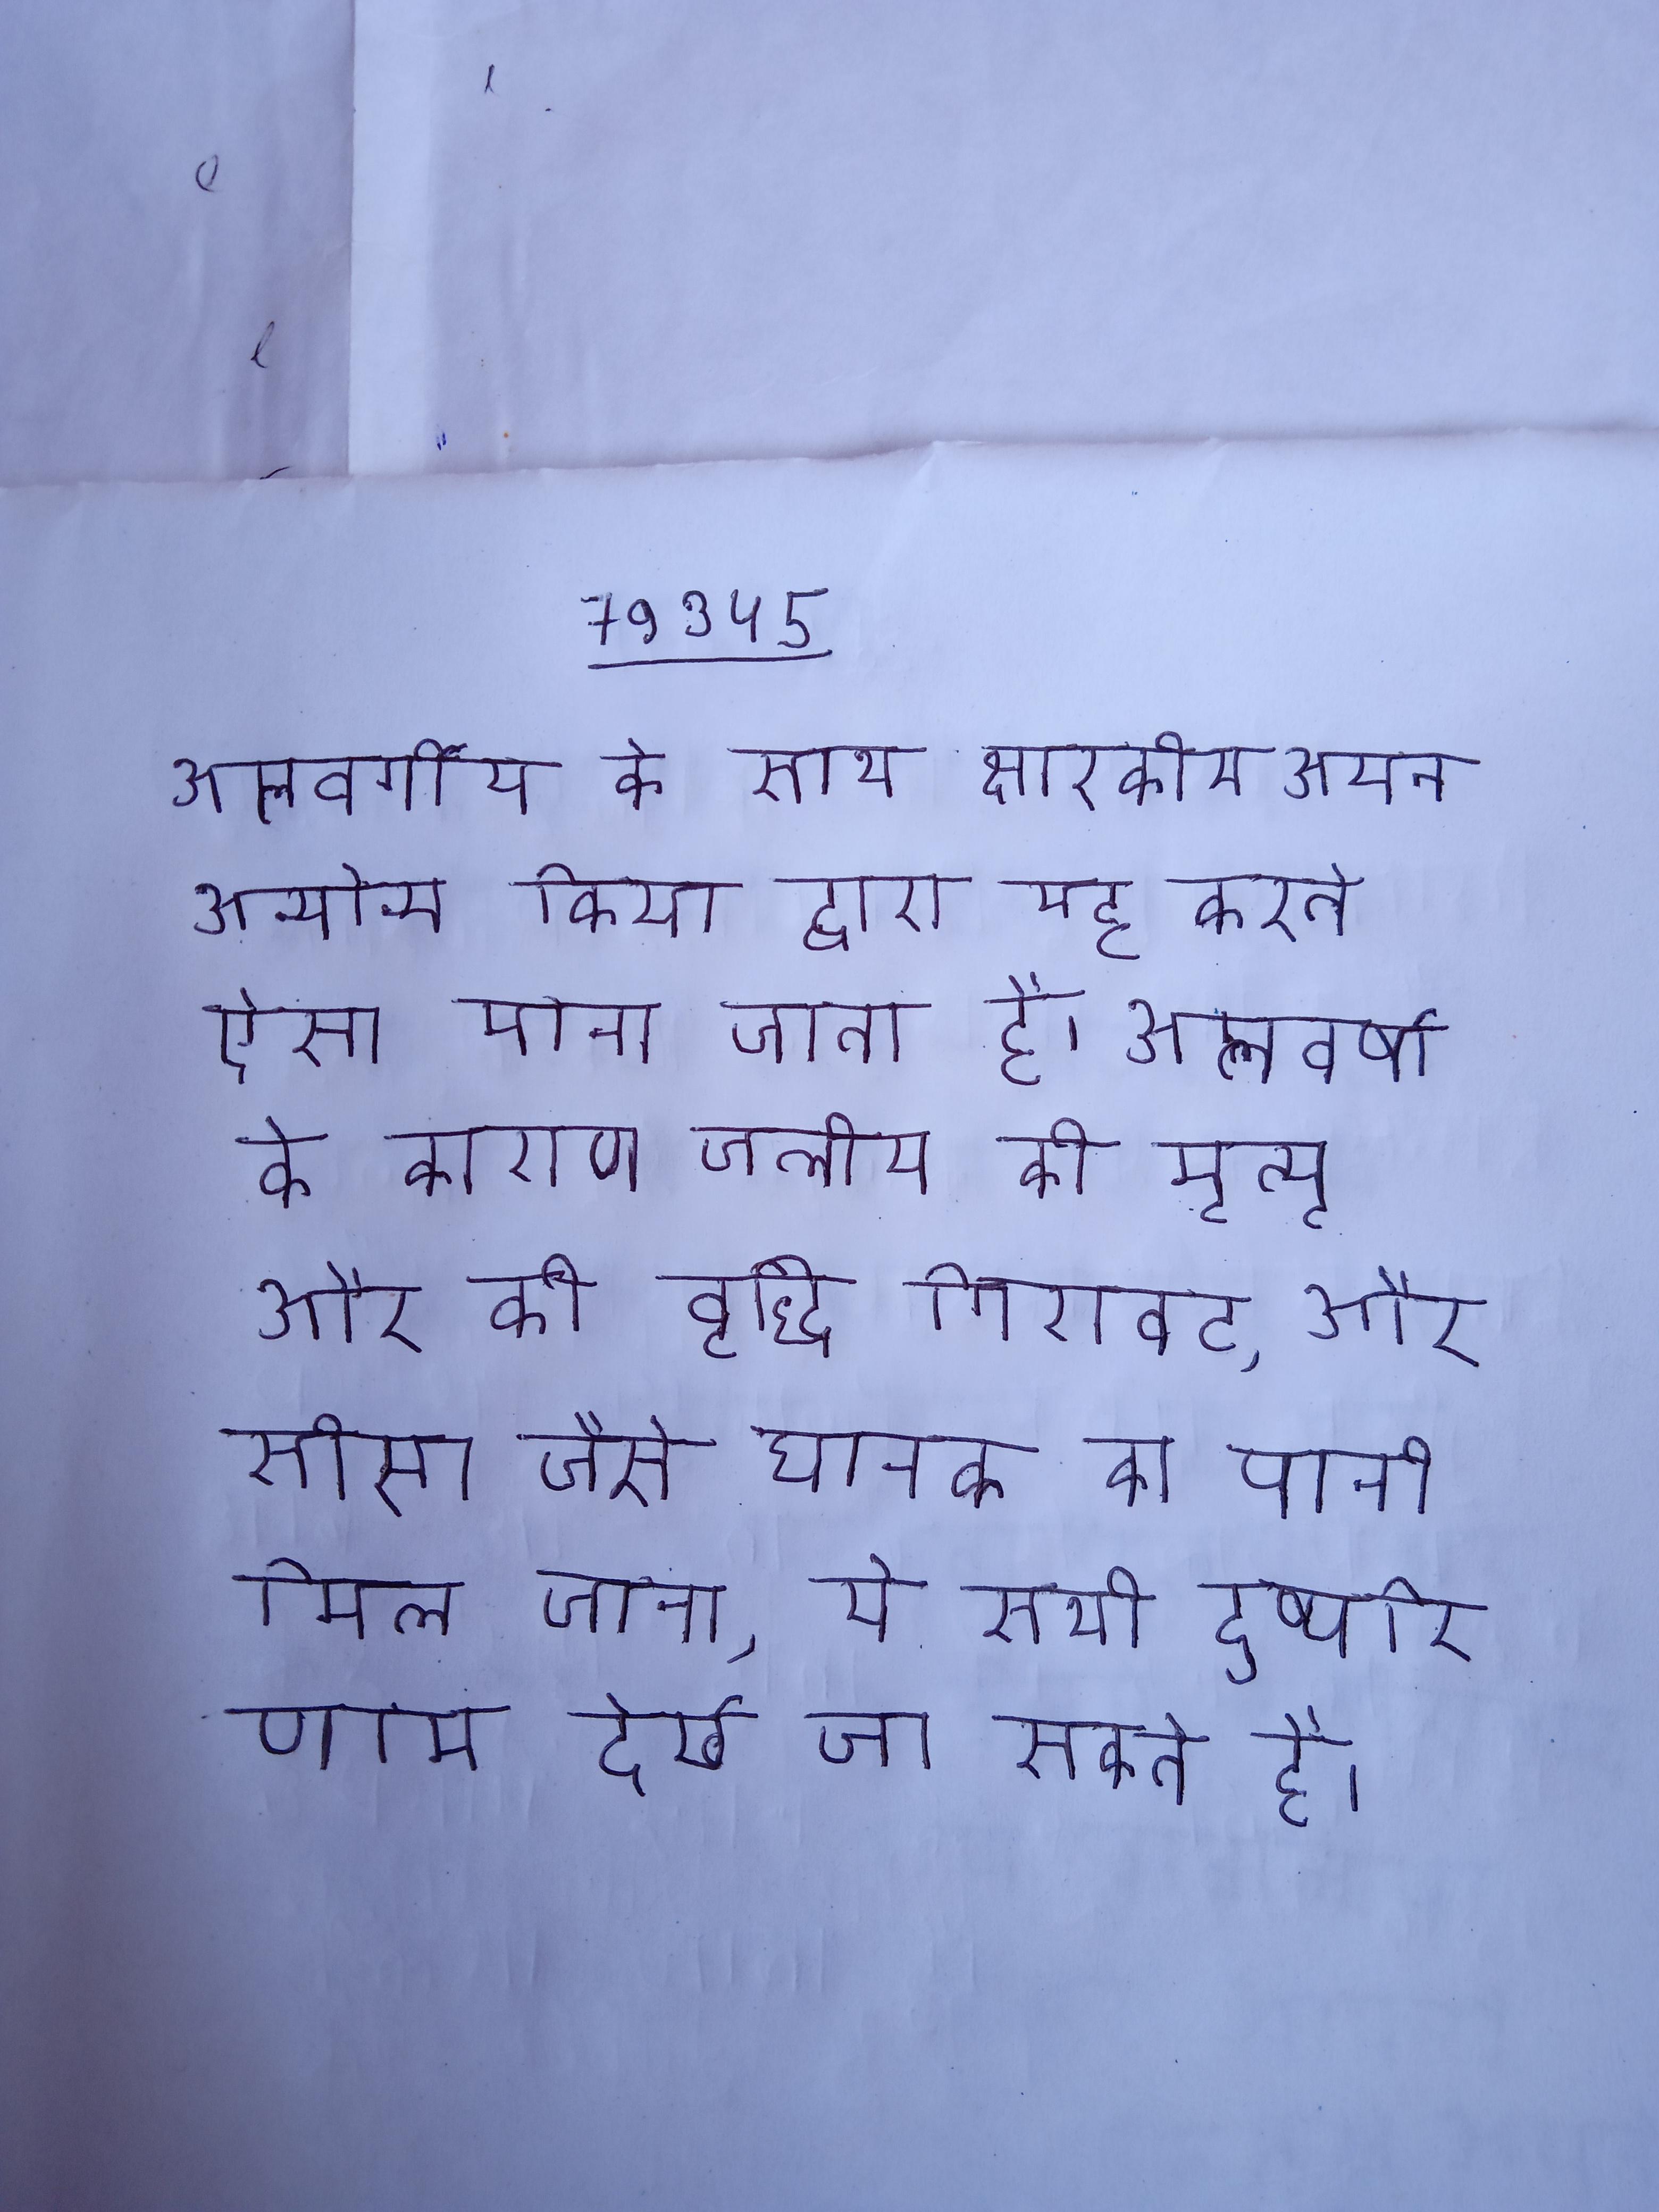
अम्लवर्गीय के साथ क्षारकीय अयन अन्योन्य क्रिया द्वारा यह करते ऐसा माना जाता है । अम्लवर्षा के कारण जलीय की मृत्यृ और की वृद्धि गिरावट, और सीसा जैसे घातक का पानी मिल जाना, ये सभी दुष्परिणाम देखे जा सकते है ।